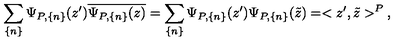
\sum _ { \{ n \} } \Psi _ { P , \{ n \} } ( z ^ { \prime } ) \overline { { \Psi _ { P , \{ n \} } ( z ) } } = \sum _ { \{ n \} } \Psi _ { P , \{ n \} } ( z ^ { \prime } ) \Psi _ { P , \{ n \} } ( \tilde { z } ) = < z ^ { \prime } , \tilde { z } > ^ { P } \: ,